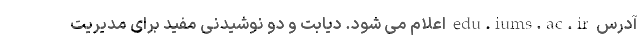
آدرس edu.iums.ac.ir اعلام می شود. دیابت و دو نوشیدنی مفید برای مدیریت